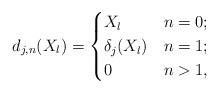
LaTeX: \begin{align*}d_{j,n}(X_l) &{}= \begin{cases} X_l & n=0; \\ \delta_j(X_l) & n=1; \\ 0 & n>1,\end{cases}\end{align*}